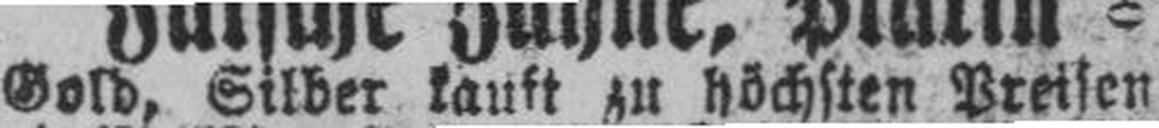
Gold, Silber kauft zu höchsten Preisen